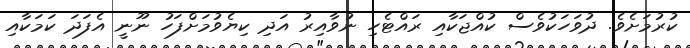
ކުރުމަށެވެ. ދުވަހަކުވެސް ކުއްޖަކާއި ރައްޓެހި ނުވާއިރު އަދި ކިޔެވުމަށްފަހު ނޫނީ އެފަދަ ކަމަކާއި